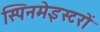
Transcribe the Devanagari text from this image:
स्पिनमेइस्टरों